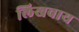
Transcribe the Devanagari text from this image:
लिखवाय